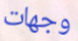
وجهات